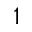
^ 1